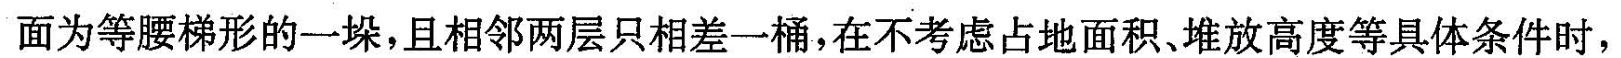
面为等腰梯形的一垛，且相邻两层只相差一桶，在不考虑占地面积、堆放高度等具体条件时，